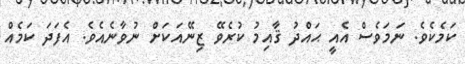
ކަމެކެވެ. ނަމަވެސް އެއީ ޙައްދު ޤާއިމު ކުރެވޭ ޒިނޭއަކަށް ނުވާނެއެވެ. އެފަދަ ކަމެއް